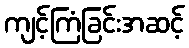
ကျင့်ကြံခြင်းအဆင့်